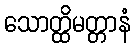
သောတ္ထိမတ္တာနံ